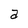
Character: a